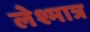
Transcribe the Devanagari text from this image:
लेश्मात्र